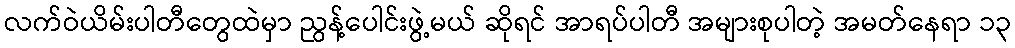
လက်ဝဲယိမ်းပါတီတွေထဲမှာ ညွန့်ပေါင်းဖွဲ့မယ် ဆိုရင် အာရပ်ပါတီ အများစုပါတဲ့ အမတ်နေရာ ၁၃